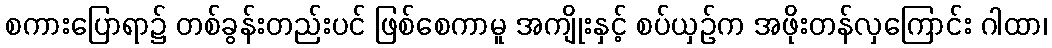
စကားပြောရာ၌ တစ်ခွန်းတည်းပင် ဖြစ်စေကာမူ အကျိုးနှင့် စပ်ယှဉ်က အဖိုးတန်လှကြောင်း ဂါထာ၊